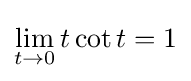
\lim _{t\to 0}t\cot t=1